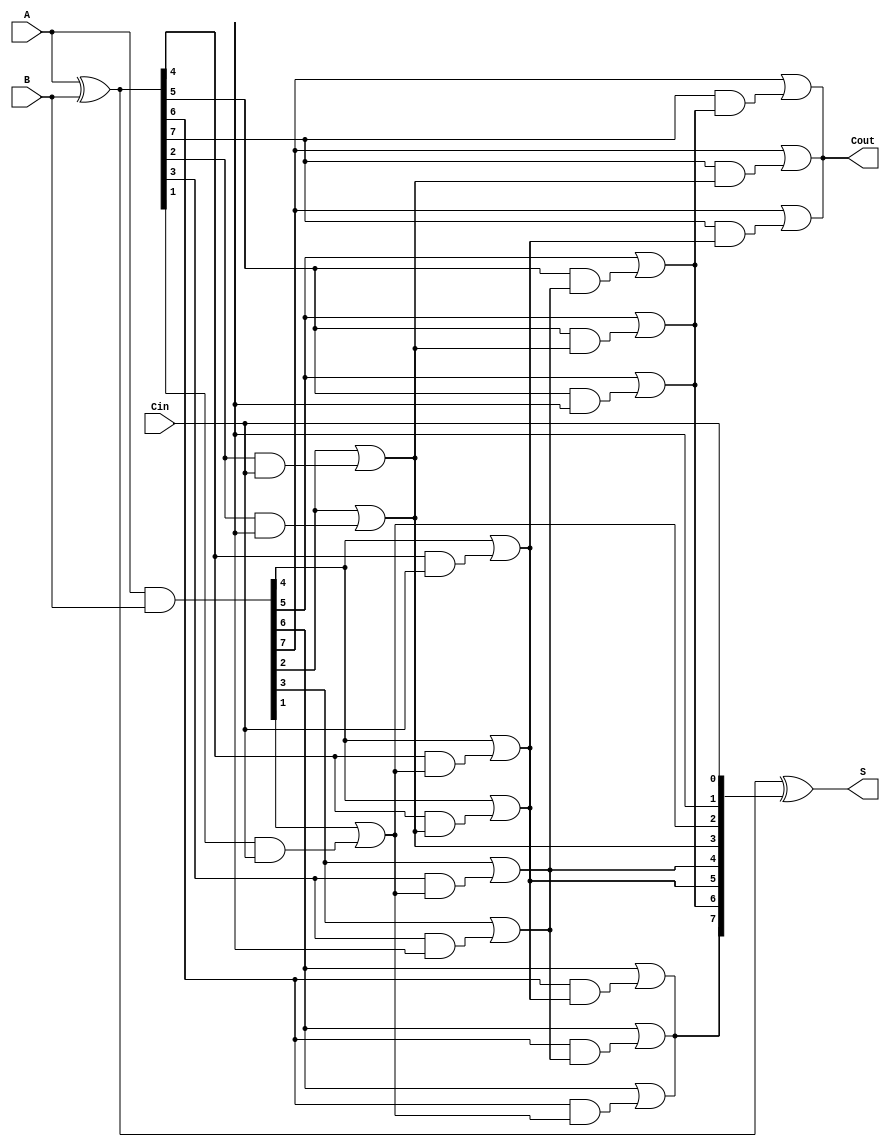
module KoggeStoneAdder #(parameter n = 8) (
    input  [n-1:0] A,      // First operand
    input  [n-1:0] B,      // Second operand
    input          Cin,     // Carry-in
    output [n-1:0] S,      // Sum output
    output         Cout     // Carry-out
);

    // Generate and propagate signals
    wire [n-1:0] P; // Propagate
    wire [n-1:0] G; // Generate
    wire [n:0] C;   // Carry signals

    assign P = A ^ B; // Propagate
    assign G = A & B; // Generate

    // Carry signals initialization
    assign C[0] = Cin; // Initial carry-in

    // Carry generation stages
    genvar i, j, k;
    generate
        for (k = 0; k < $clog2(n); k = k + 1) begin : carry_gen
            for (i = 0; i < n; i = i + 1) begin : carry_stage
                if (i >= (1 << k)) begin
                    assign C[i + 1] = G[i] | (P[i] & C[i - (1 << k)]);
                end
            end
        end
    endgenerate

    // Final carry-out
    assign Cout = C[n];

    // Sum calculation
    assign S = P ^ C[n-1:0]; // Sum bits

endmodule